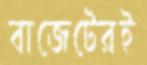
বাজেটেরই